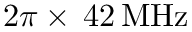
2 \pi \times \, 4 2 \, \mathrm { M H z }